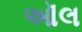
ઑલ